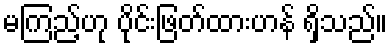
မကြည့်ဟု ပိုင်းဖြတ်ထားဟန် ရှိသည်။